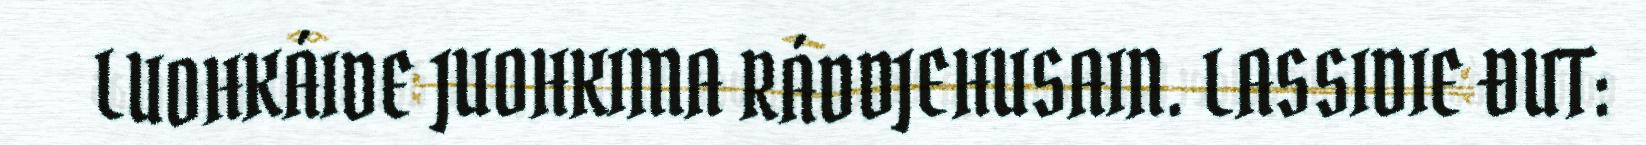
LUOHKÁIDE JUOHKIMA RÁDDJEHUSAIN. LASSIDIE ĐUT: